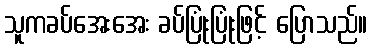
သူကခပ်အေးအေး ခပ်ပြုံးပြုံးဖြင့် ပြောသည်။